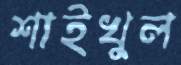
শাইখুল